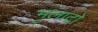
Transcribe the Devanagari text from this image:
मुलाटो